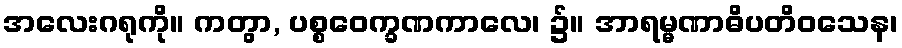
အလေးဂရုကို။ ကတွာ, ပစ္စဝေက္ခဏကာလေ၊ ၌။ အာရမ္မဏာဓိပတိဝသေန၊